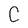
Character: C